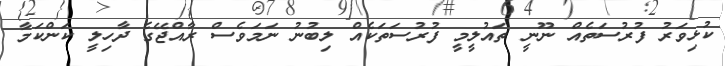
ކުޅިވަރު ފުރުސަތެއް ނޫނީ ތައުލީމީ ފުރުސަތަކެއް ލިބުނު ނަމަވެސް ރާއްޖޭގެ ދާހިލީ ކަންކަމާ